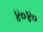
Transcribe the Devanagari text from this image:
४०४०